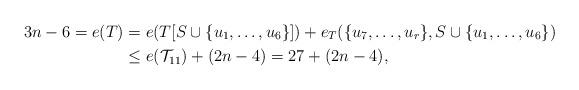
LaTeX: \begin{align*}3n-6=e(T )&=e(T[S\cup \{u_1,\ldots,u_6\}])+e_T(\{u_7, \ldots, u_r\}, S\cup \{u_1, \ldots,u_6\})\\ &\le e(\mathcal{T}_{11})+(2n-4)=27+(2n-4), \end{align*}